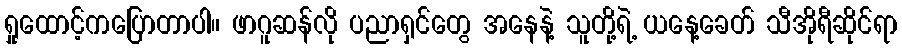
ရှုထောင့်ကပြောတာပါ။ ဖာဂူဆန်လို ပညာရှင်တွေ အနေနဲ့ သူတို့ရဲ့ ယနေ့ခေတ် သီအိုရီဆိုင်ရာ